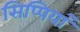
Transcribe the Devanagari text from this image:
सिप्पियां